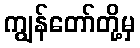
ကျွန်တော်တို့မှ